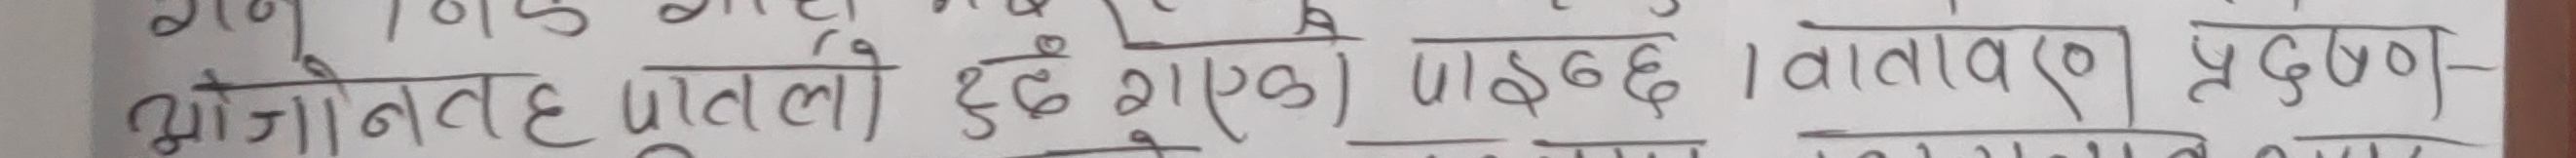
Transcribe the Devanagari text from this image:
ओजोन तह प्रतलो हुछक) । वातावरण प्रदुषण-